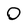
Character: 0